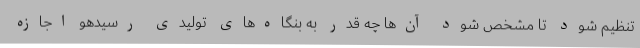
تنظیم شود تا مشخص شود آن‌ها چه قدر به بنگاه‌های تولیدی رسیدهو اجازه